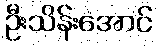
ဦးသိန်းအောင်